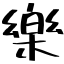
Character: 樂